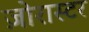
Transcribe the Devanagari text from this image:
ज़ोरास्टर